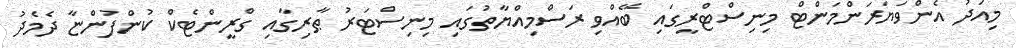
މިއަދު އެންވަޔަރަންމަންޓް މިނިސްޓްރީގައި ބޭއްވި ރަސްމިއްޔާތުގައި މިނިސްޓަރު ޠާރިގާއި ގްރީންޓެކް ކުންފުންޏާ ދެމެދު